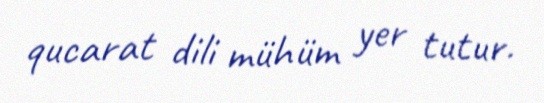
qucarat dili mühüm yer tutur.